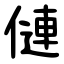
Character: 僆